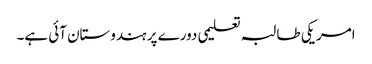
امریکی طالبہ تعلیمی دورے پر ہندوستان آئی ہے۔